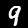
Label: 9